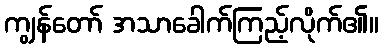
ကျွန်တော် အသာခေါက်ကြည့်လိုက်၏။